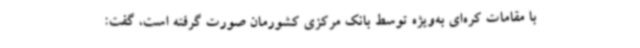
با مقامات کره‌ای به‌ویژه توسط بانک مرکزی کشورمان صورت گرفته است، گفت: